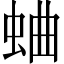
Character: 蛐